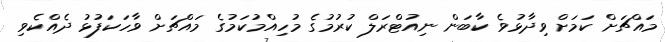
މައްޗަށް ކަމަށް ވިދާޅުވެ ކާބަން ނިއުޓްރަލް ކުރުމުގެ މުހިއްމުކަމުގެ މައްޗަށް ވާހަކަފުޅު ދެއްކެވި